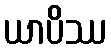
ယာပိဿ